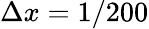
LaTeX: \Delta x=1/200